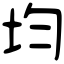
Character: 均